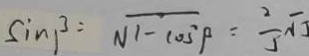
\sin \beta = \sqrt { 1 - \cos ^ { 2 } \beta } = \frac { 2 } { 5 } \sqrt { 5 }